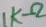
Text: 1KΩ